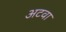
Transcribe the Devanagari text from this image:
अटवा